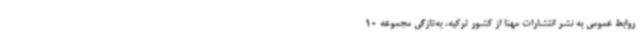
روابط عمومی به نشر انتشارات مهنا از کشور ترکیه، به‌تازگی مجموعه 10